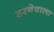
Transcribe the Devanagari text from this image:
डरनेवाला